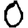
Digit: 0